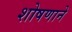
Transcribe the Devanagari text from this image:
शोषणाने